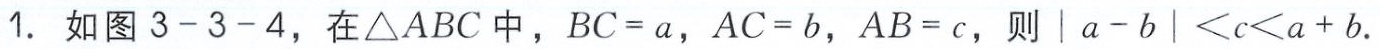
1. 如图3 - 3 - 4，在\(\triangle ABC\)中，\(BC = a\)，\(AC = b\)，\(AB = c\)，则\(\vert a - b\vert < c < a + b\)。